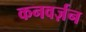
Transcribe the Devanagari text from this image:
कनवर्ज़न